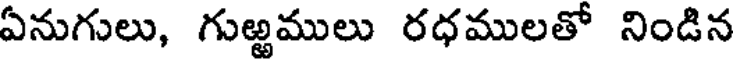
ఏనుగులు, గుఱ్ఱములు రధములతో నిండిన